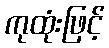
ကုထုံးဖြင့်